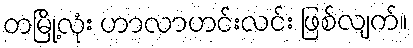
တမြို့လုံး ဟာလာဟင်းလင်း ဖြစ်လျက်။